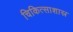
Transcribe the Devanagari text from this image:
चिकित्साशास्र